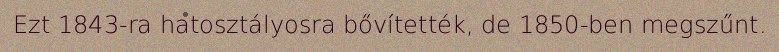
Ezt 1843-ra hatosztályosra bővítették, de 1850-ben megszűnt.